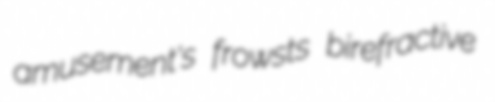
amusement's frowsts birefractive